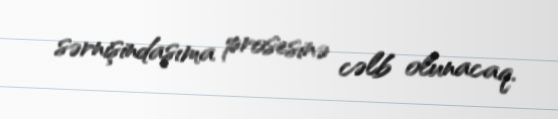
sərnişindaşıma prosesinə cəlb olunacaq.